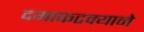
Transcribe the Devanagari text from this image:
दगाफटक्याने